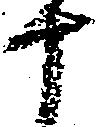
十